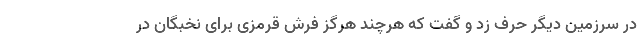
در سرزمین دیگر حرف زد و گفت که هرچند هرگز فرش قرمزی برای نخبگان در